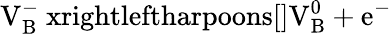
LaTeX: \mathrm{V_{B}^{-}\ xrightleftharpoons[]{}V_{B}^{0}+e^{-}}